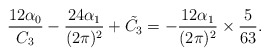
\begin{align*}\frac{12\alpha_{0}}{C_{3}}-\frac{24\alpha_{1}}{(2\pi)^{2}}+\tilde{C_{3}}=-\frac{12\alpha_{1}}{(2\pi)^{2}}\times\frac{5}{63}.\end{align*}